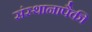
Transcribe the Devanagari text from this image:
संस्थानापैकी